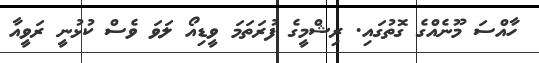
ހާއްސަ މޫނެއްގެ ގޮތުގައި. ރިޝްމީގެ ފުރަތަމަ ވީޑިއޯ ލަވަ ވެސް ކުޅުނީ ރަވީއާ